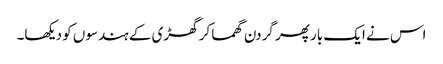
اس نے ایک بار پھر گردن گھما کر گھڑی کے ہندسوں کو دیکھا۔